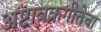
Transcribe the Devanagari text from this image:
अष्टावक्रगीतेचा